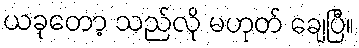
ယခုတော့ သည်လို မဟုတ် ချေပြီ။